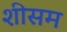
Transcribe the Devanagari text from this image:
शीसम